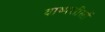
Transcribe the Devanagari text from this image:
वाष्पशीलों